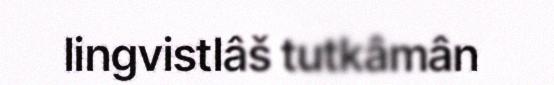
lingvistlâš tutkâmân